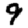
Digit: 9